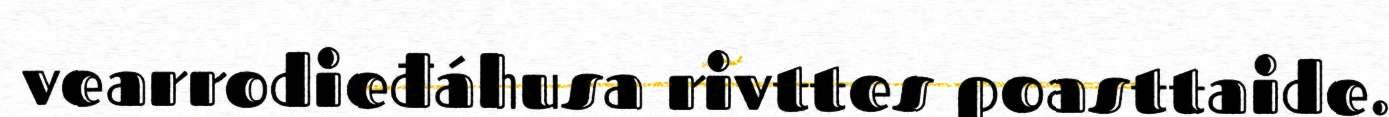
vearrodieđáhusa rivttes poasttaide.